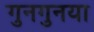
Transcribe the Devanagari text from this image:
गुनगुनया